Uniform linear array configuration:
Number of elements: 8
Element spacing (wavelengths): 0.25
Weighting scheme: uniform
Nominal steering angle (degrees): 0
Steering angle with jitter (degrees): -0.7368
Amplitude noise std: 0.05
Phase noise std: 0.05

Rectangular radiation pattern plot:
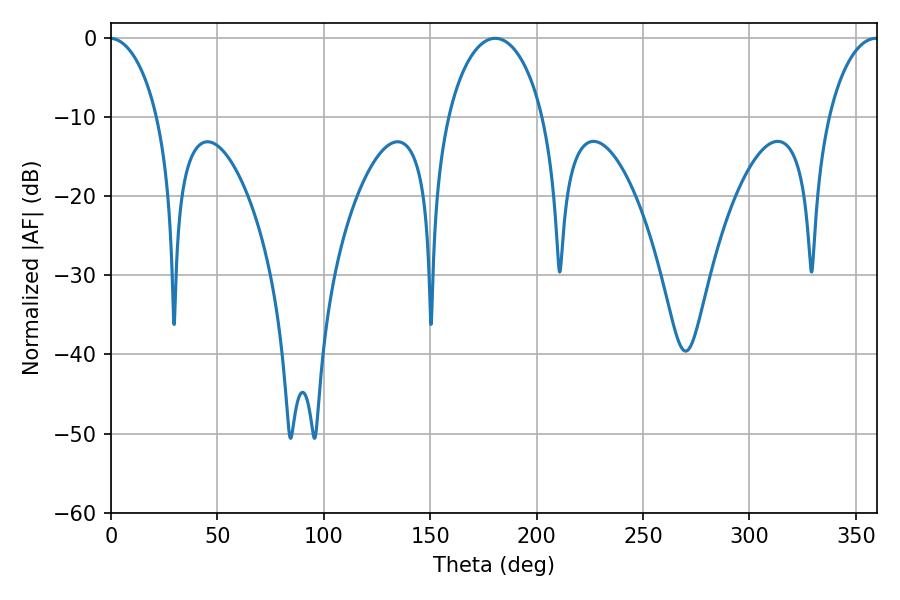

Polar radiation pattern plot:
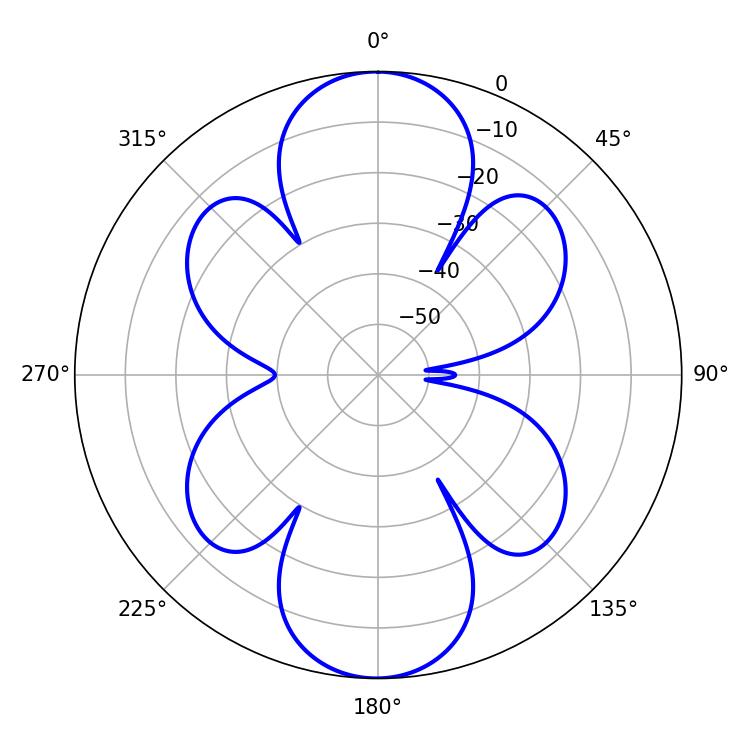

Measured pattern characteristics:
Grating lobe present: FALSE
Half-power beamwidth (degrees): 25.56
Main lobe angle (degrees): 180.54